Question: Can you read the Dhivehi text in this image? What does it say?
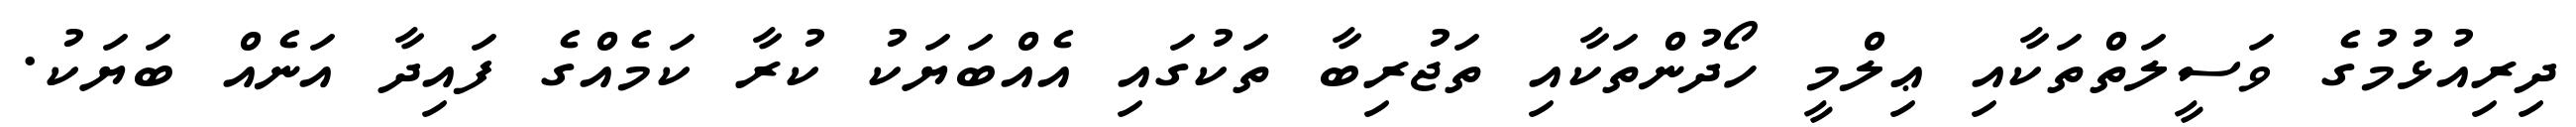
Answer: ދިރިއުޅުމުގެ ވަސީލަތްތަކާއި ޢިލްމީ ހޯދުންތަކާއި ތަޖުރިބާ ތަކުގައި އެއްބަޔަކު ކުރާ ކަމެއްގެ ފައިދާ އަނެއް ބަޔަކު.